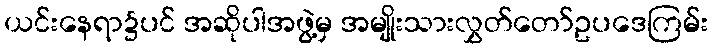
ယင်းနေရာ၌ပင် အဆိုပါအဖွဲ့မှ အမျိုးသားလွှတ်တော်ဥပဒေကြမ်း